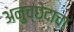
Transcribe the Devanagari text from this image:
अनुच्छेदाचा